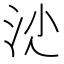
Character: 𣲡